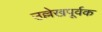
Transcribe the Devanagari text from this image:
उल्लेखपूर्वक